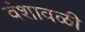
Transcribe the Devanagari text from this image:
वंशावळी